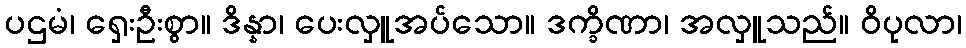
ပဌမံ၊ ရှေးဦးစွာ။ ဒိန္နာ၊ ပေးလှူအပ်သော။ ဒက္ခိဏာ၊ အလှူသည်။ ဝိပုလာ၊